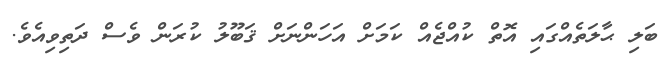
ބަލި ޙާލަތެއްގައި އޮތް ކުއްޖެއް ކަމަށް އަހަންނަށް ޤަބޫލު ކުރަން ވެސް ދަތިވިއެވެ.